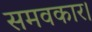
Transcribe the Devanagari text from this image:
समवकार।